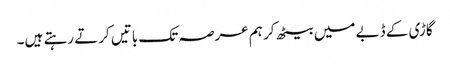
گاڑی کے ڈبے میں بیٹھ کر ہم عرصہ تک باتیں کرتے رہتے ہیں۔